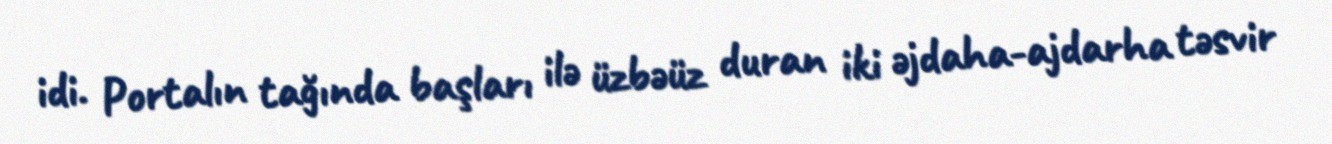
idi. Portalın tağında başları ilə üzbəüz duran iki əjdaha-ajdarha təsvir